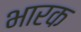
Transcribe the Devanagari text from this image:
भारक